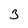
Character: 3